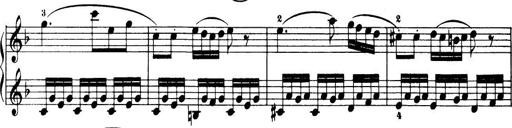
Title: 32 Sonatinas and Rondos for the Piano
Composer: Richard Kleinmichel